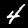
Digit: 4